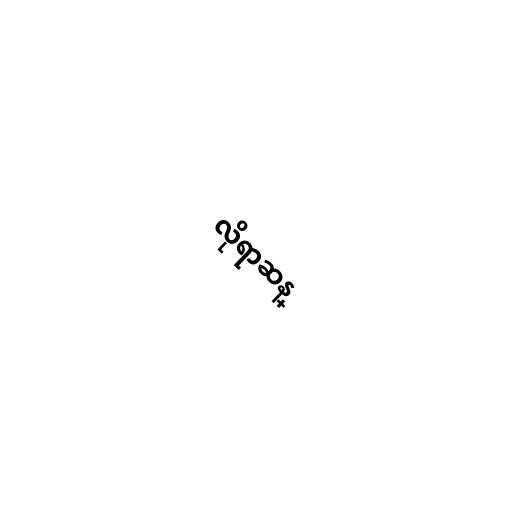
လိုရာဆန္